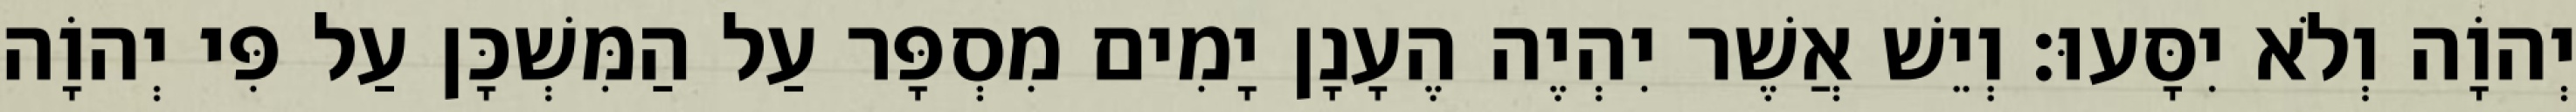
יְהוָֹה וְלֹא יִסָּעוּ׃ וְיֵשׁ אֲשֶׁר יִהְיֶה הֶעָנָן יָמִים מִסְפָּר עַל הַמִּשְׁכָּן עַל פִּי יְהוָֹה